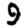
Digit: 9